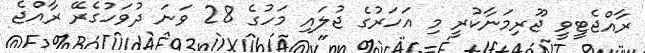
ރާއްޖެޓީވީ ޖޫރިމަނާކުރީ މި އަހަރުގެ ޖުލައި މަހުގެ 28 ވަނަ ދުވަހުގެރޭ ރާއްޖެ